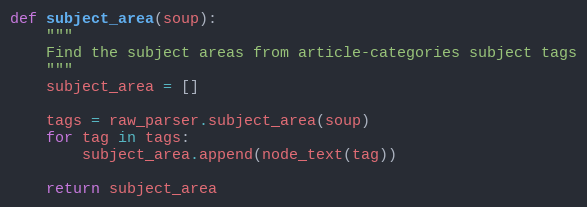
Language: Python
def subject_area(soup):
    """
    Find the subject areas from article-categories subject tags
    """
    subject_area = []

    tags = raw_parser.subject_area(soup)
    for tag in tags:
        subject_area.append(node_text(tag))

    return subject_area